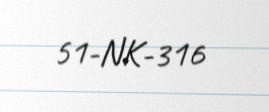
51-NK-316